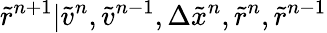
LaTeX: \tilde{r}^{n+1}|\tilde{v}^{n},\tilde{v}^{n-1},\Delta\tilde{x}^{n},\tilde{r}^{n},\tilde{r}^{n-1}